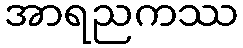
အာရညကဿ